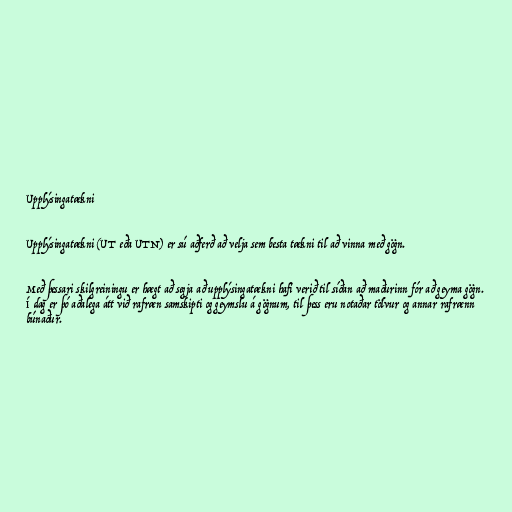
Upplýsingatækni

Upplýsingatækni (UT eða UTN) er sú aðferð að velja sem besta tækni til að vinna með gögn.

Með þessari skilgreiningu er hægt að segja að upplýsingatækni hafi verið til síðan að maðurinn fór að geyma gögn.
Í dag er þó aðalega átt við rafræn samskipti og geymslu á gögnum, til þess eru notaðar tölvur og annar rafrænn
búnaður.